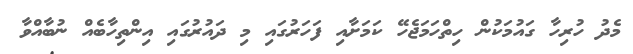
މެދު ހުރިހާ ގައުމަކުން ހިތްހަމަޖެހޭ ކަމަށާއި ފަހަރުގައި މި ދައުރުގައި އިންތިހާބެއް ނުބާއްވާ